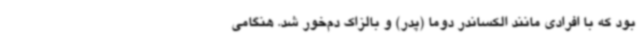
بود که با افرادی مانند الکساندر دوما (پدر) و بالزاک دم‌خور شد. هنگامی